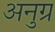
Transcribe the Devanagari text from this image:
अनुग्र